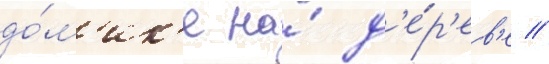
до́м'ик'е на́ д'е́р'ев'е //